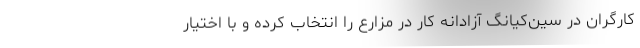
کارگران در سین‌کیانگ آزادانه کار در مزارع را انتخاب کرده و با اختیار